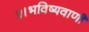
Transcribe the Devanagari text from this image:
५।भविष्यवाणी